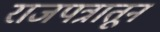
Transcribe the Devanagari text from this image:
राजपत्रातून